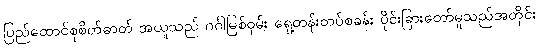
ပြည်ထောင်စုစိတ်ဓာတ် အယူသည် ဂင်္ဂါမြစ်ဝှမ်း ရှေ့တန်းတပ်စခန်း ပိုင်းခြားတော်မူသည်အတိုင်း